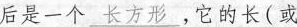
后是一个\underline{长方形}，它的长(或